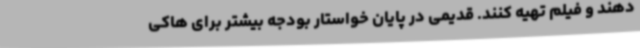
دهند و فیلم تهیه کنند. قدیمی در پایان خواستار بودجه بیشتر برای هاکی